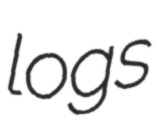
logs